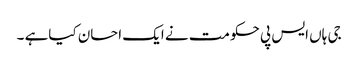
جی ہاں ایس پی حکومت نے ایک احسان کیاہے ۔